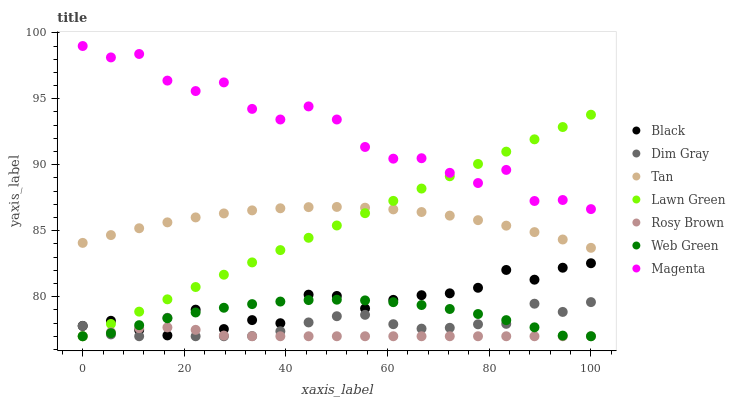
| xaxis_label | Black | Dim Gray | Tan | Lawn Green | Rosy Brown | Web Green | Magenta |
 | --- | --- | --- | --- | --- | --- | --- | --- |
 | 0 | 77.8 | 77.8 | 84.1 | 77 | 77 | 77 | 99 |
 | 5.56 | 78.2 | 77.1 | 84.7 | 77.9 | 77.3 | 77.2 | 98.1 |
 | 11.1 | 77.5 | 77 | 85.2 | 78.9 | 77.6 | 77.8 | 98.4 |
 | 16.7 | 77.1 | 78.4 | 85.6 | 79.8 | 77.7 | 78.4 | 96.4 |
 | 22.2 | 79 | 77 | 86 | 80.7 | 77.5 | 78.8 | 95.6 |
 | 27.8 | 77.5 | 77 | 86.3 | 81.7 | 77.1 | 79.2 | 96.2 |
 | 33.3 | 78.2 | 77 | 86.5 | 82.6 | 77 | 79.4 | 94.2 |
 | 38.9 | 78 | 77.4 | 86.7 | 83.5 | 77 | 79.6 | 93.4 |
 | 44.4 | 80.2 | 78 | 86.8 | 84.5 | 77 | 79.7 | 94.4 |
 | 50 | 80.1 | 78.5 | 86.8 | 85.4 | 77 | 79.8 | 93.4 |
 | 55.6 | 79.1 | 78.6 | 86.7 | 86.3 | 77 | 79.7 | 91.3 |
 | 61.1 | 79.8 | 77.9 | 86.6 | 87.3 | 77 | 79.6 | 90.5 |
 | 66.7 | 80.1 | 77.6 | 86.4 | 88.2 | 77 | 79.4 | 90.5 |
 | 72.2 | 80.3 | 77.6 | 86.1 | 89.1 | 77 | 79.1 | 89.4 |
 | 77.8 | 80.7 | 77.9 | 85.8 | 90.1 | 77 | 78.7 | 88.6 |
 | 83.3 | 82 | 77.9 | 85.4 | 91 | 77 | 78.2 | 89.6 |
 | 88.9 | 81.3 | 79.5 | 84.9 | 91.9 | 77 | 77.7 | 87.3 |
 | 94.4 | 82.2 | 78.8 | 84.3 | 92.9 | 77 | 77 | 87.3 |
 | 100 | 82.5 | 79.6 | 83.7 | 93.8 | 77 | 77 | 86.6 |